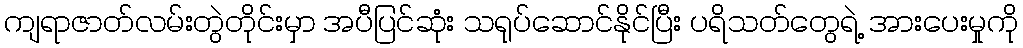
ကျရာဇာတ်လမ်းတွဲတိုင်းမှာ အပီပြင်ဆုံး သရုပ်ဆောင်နိုင်ပြီး ပရိသတ်တွေရဲ့ အားပေးမှုကို